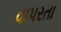
વાપરતા